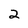
Character: 2